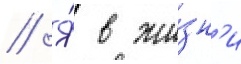
// Я́ в жи́зн'и